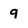
Character: 9